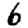
Digit: 6